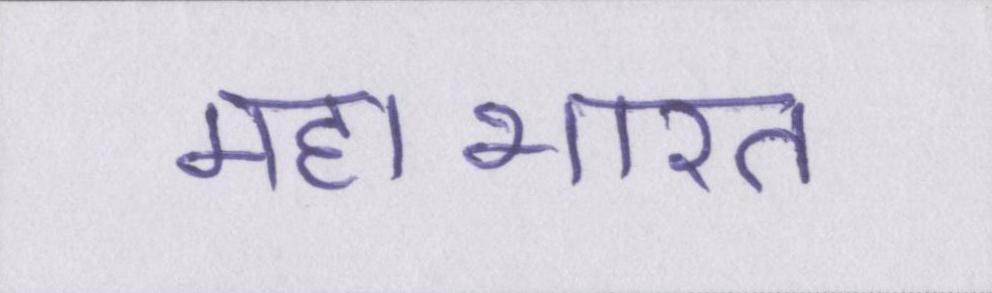
महाभारत